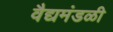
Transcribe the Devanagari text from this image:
वैद्यमंडळी